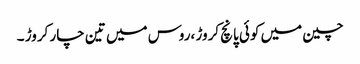
چین میں کوئی پانچ کروڑ ،روس میں تین چار کروڑ ۔